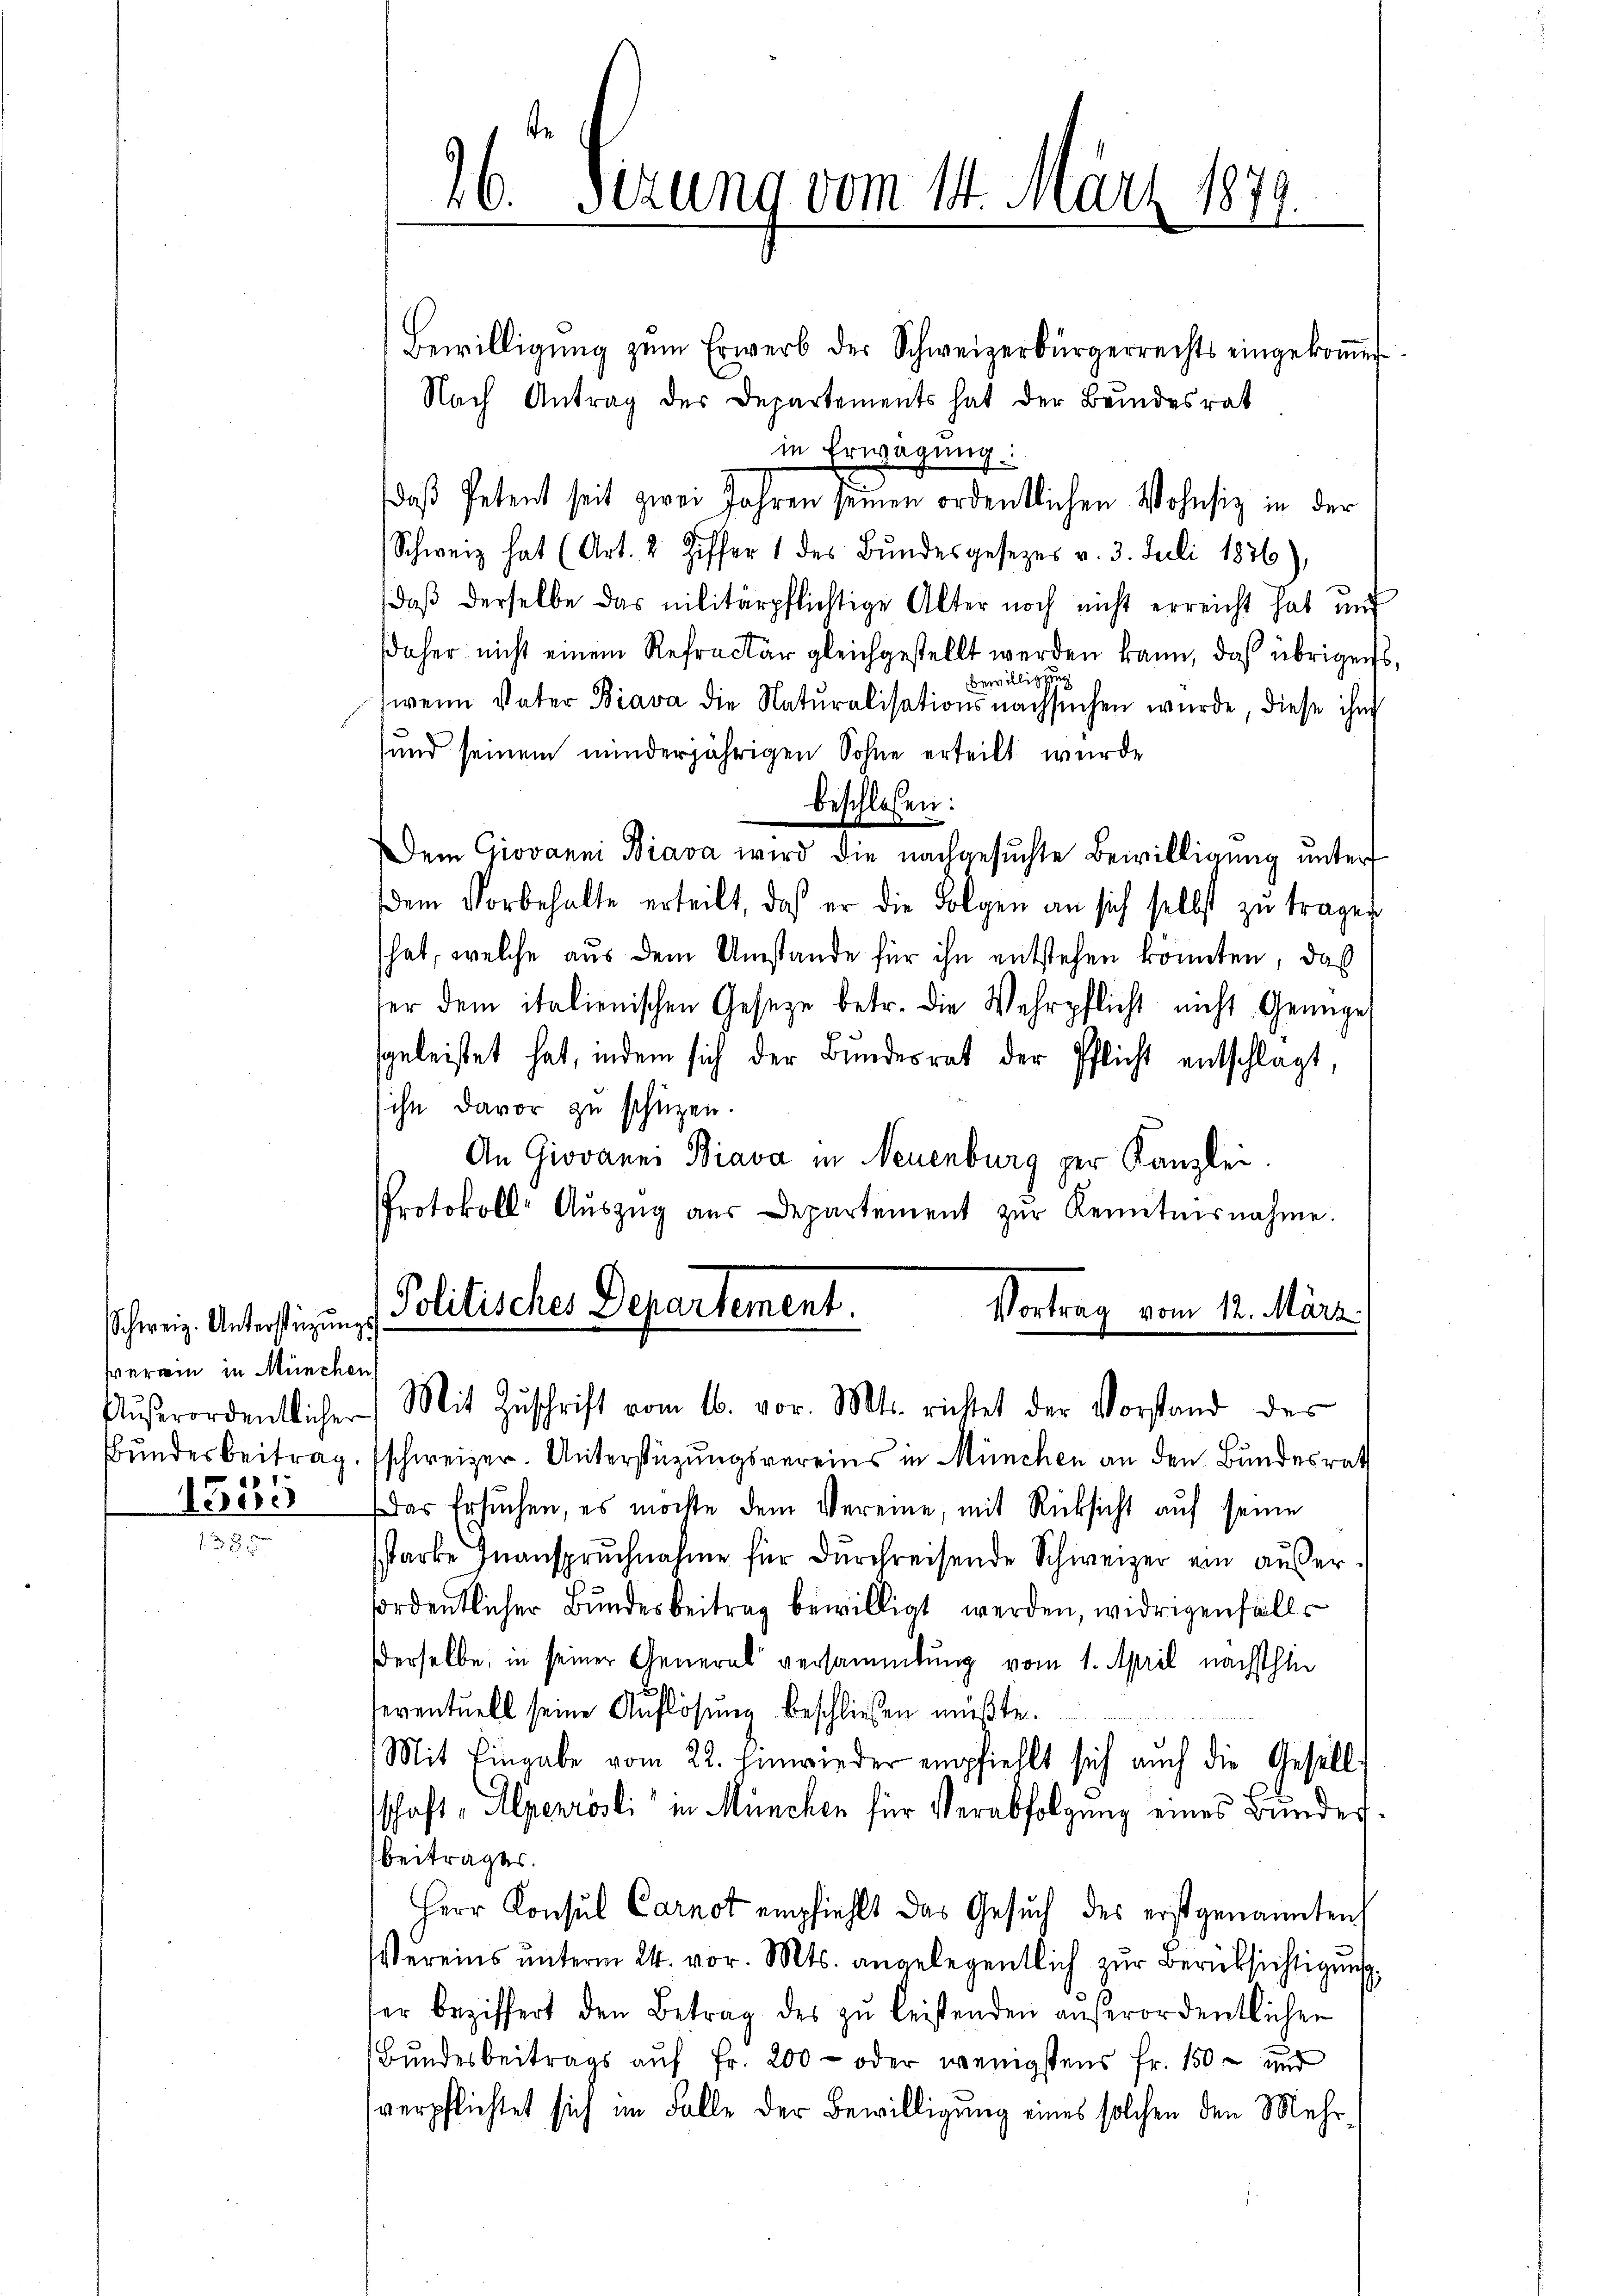
verein in München
1525

Bewilligŭng zŭm Erwerb der Schweizerbürgerrechts eingekoṁen
Nach Antrag des Departements hat der Bundesrat
in Erwägung
daß Petent seit zwei Jahren seinen ordentlichen Wohnsiz in der
Schweiz hat (Art. 2 Ziffer 1 des Bŭndesgesezes v. 3. Juli 1876),
daß derselbe das militärpflichtige Alter noch nicht erreicht hat und
daher nicht einem Refractur gleichgestellt werden kann, daß übrigens,
Bewilligung
wenn Vater Biava die Natŭralisationsnachsuchen wŭrde, diese ihm
sund seinem minderjährigen Sohne erteilt wurde
beschlossen:
Dem Giovanni Biava wird die nachgesuchte Bewilligung untert
dem Vorbehalte erteilt, daß er die Folgen an sich selbst zŭ tragen
hat, welche aus dem Umstände für ihn entstehen könnten, daß
ter dem italienischen Gesetze betr. die Wehrpflicht nicht Genüge
sgeleistet hat, indem sich der Bundesrat der Pflicht entschlagt,
ihn davor zu schüzen.
An Giovanni Biava in Neuenburg per Kanzlei.
Protokoll-Aŭszŭg aŭs Departement zŭr Kenntnisnahme.
Vortrag vom 12. März.
schweiz. Unterstigen, d. Politisches Departement.

26 Sezung vom 14. März 1879.

Außerordentlicher Mit Zŭschrift vom 16. vor. Mts. richtet der Vorstand des

ŭndesbeitrag, schweizer. Unterstützŭngsvereins in München an den Bundesrath
Das Ersuchen, es möchte dem Vereine, mit Rücksicht auf seine
starke Inanspruchnahme für durchreisende Schweizer ein außerfordentlicher Bundesbeitrag bewilligt werden, widrigenfalls
derselbe, in seiner General versammlung vom 1. April nächsthin
eventuell seine Auflösung beschließen müßte.
Mit Eingabe vom 22. Einwieder empfiehlt sich auch die Gesell-
schaft, Alpenrösli in München für Verabfolgung eines Bundes¬
Beitrages.
Herr Konsul Carnot empfiehlt das Gesuch des erstgenannten
Vereins ŭnterm 24. vor. Mts. angelegentlich zŭr Berücksichtigung
er beziffert den Betrag des zŭ leistenden aŭβerordentlichen
Bundesbeitrags auf Fr. 200 - oder wenigstens Fr. 150 und
verpflichtet sich im Falle der Bewilligung eines solchen den Mehr¬